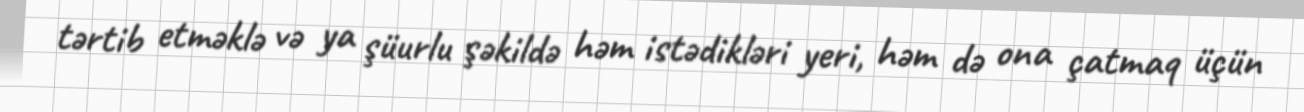
tərtib etməklə və ya şüurlu şəkildə həm istədikləri yeri, həm də ona çatmaq üçün